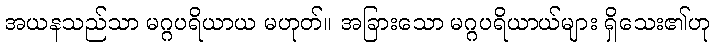
အယနသည်သာ မဂ္ဂပရိယာယ မဟုတ်။ အခြားသော မဂ္ဂပရိယာယ်များ ရှိသေး၏ဟု